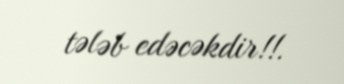
tələb edəcəkdir!!.